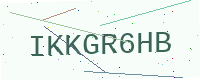
Text: IKKGR6HB